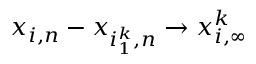
x _ { i , n } - x _ { i _ { 1 } ^ { k } , n } \to x _ { i , \infty } ^ { k }